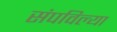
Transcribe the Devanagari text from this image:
संपविल्या